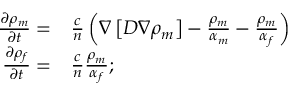
\begin{array} { r l } { \frac { \partial \rho _ { m } } { \partial t } = } & { \frac { c } { n } \left( \nabla \left[ D \nabla \rho _ { m } \right] - \frac { \rho _ { m } } { \alpha _ { m } } - \frac { \rho _ { m } } { \alpha _ { f } } \right) } \\ { \frac { \partial \rho _ { f } } { \partial t } = } & { \frac { c } { n } \frac { \rho _ { m } } { \alpha _ { f } } ; } \end{array}